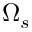
\Omega _ { s }